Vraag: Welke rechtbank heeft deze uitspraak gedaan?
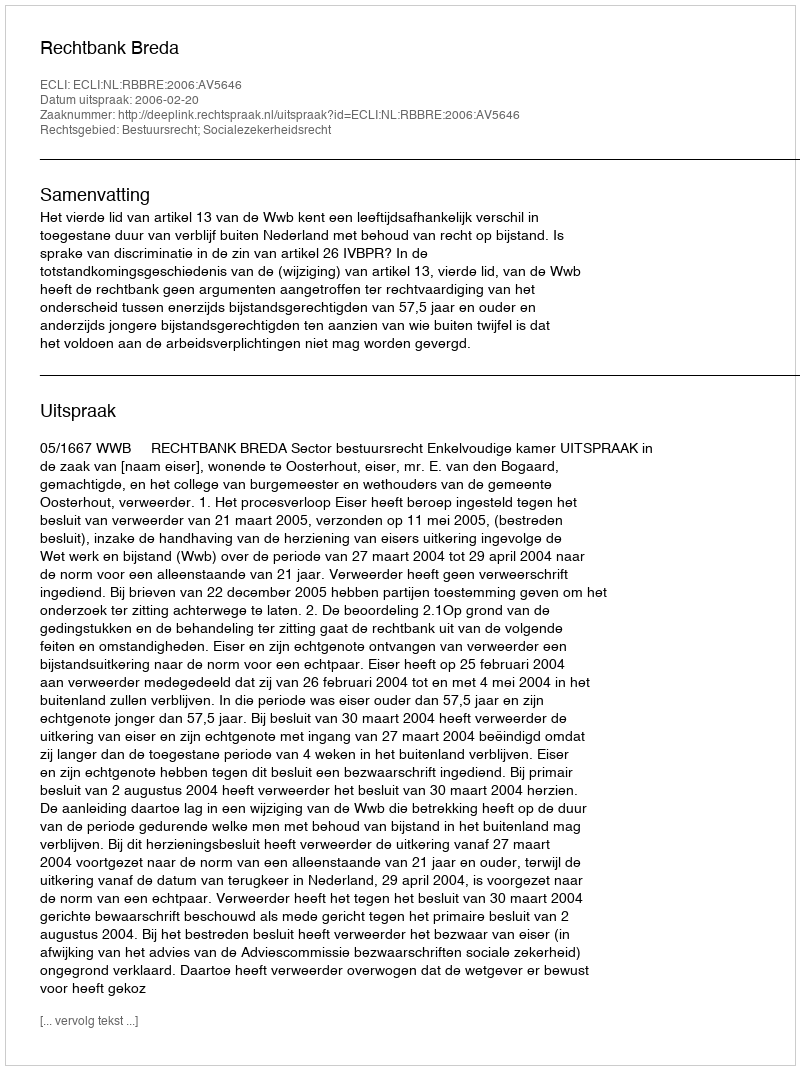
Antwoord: Rechtbank Breda